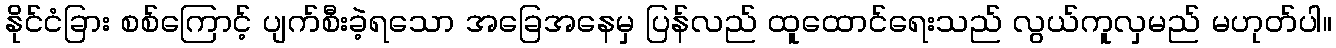
နိုင်ငံခြား စစ်ကြောင့် ပျက်စီးခဲ့ရသော အခြေအနေမှ ပြန်လည် ထူထောင်ရေးသည် လွယ်ကူလှမည် မဟုတ်ပါ။